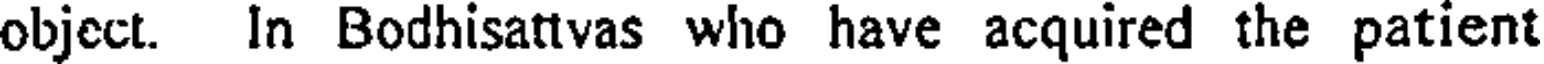
object. In Bodhisattvas who have acquired the patient